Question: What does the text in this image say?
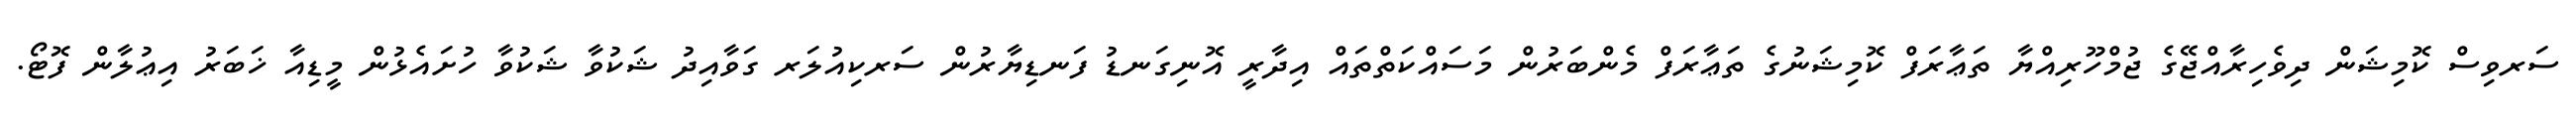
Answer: ސަރވިސް ކޮމިޝަން ދިވެހިރާއްޖޭގެ ޖުމްހޫރިއްޔާ ތަޢާރަފް ކޮމިޝަނުގެ ތަޢާރަފް މެންބަރުން މަސައްކަތްތައް އިދާރީ އޮނިގަނޑު ފަނޑިޔާރުން ސަރކިއުލަރ ގަވާއިދު ޝަކުވާ ޝަކުވާ ހުށައެޅުން މީޑިއާ ޚަބަރު އިޢުލާން ފޮޓޯ.